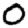
Digit: 0